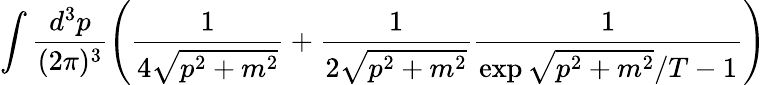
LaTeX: \int\frac{d^{3}p}{(2\pi)^{3}}\left(\frac{1}{4\sqrt{p^{2}+m^{2}}}+\frac{1}{2\sqrt{p^{2}+m^{2}}}\frac{1}{\exp{\sqrt{p^{2}+m^{2}}/T}-1}\right)